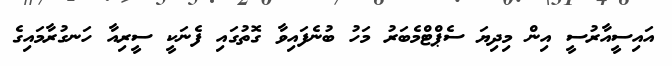
އައިސީއާރުސީ އިން މިދިޔަ ސެޕްޓްމެބަރު މަހު ބުނެފައިވާ ގޮތުގައި ފެނަކީ ސީރިއާ ހަނގުރާމައިގެ